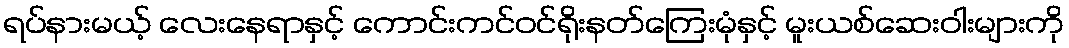
ရပ်နားမယ့် လေးနေရာနှင့် ကောင်းကင်ဝင်ရိုးနတ်ကြေးမုံနှင့် မူးယစ်ဆေးဝါးများကို